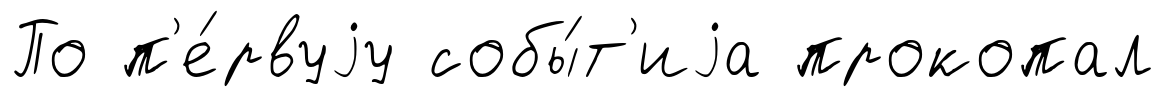
По п'е́рвуjу собы́т'иjа прокопал